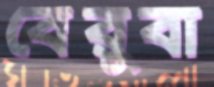
বেরুবা